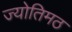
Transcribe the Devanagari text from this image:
ज्योतिमठ